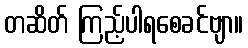
တဆိတ် ကြည့်ပါရစေခင်ဗျာ။